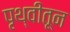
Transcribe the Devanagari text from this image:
पृथ्वीतून